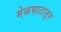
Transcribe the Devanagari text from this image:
मेळघाटातून